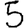
Digit: 5